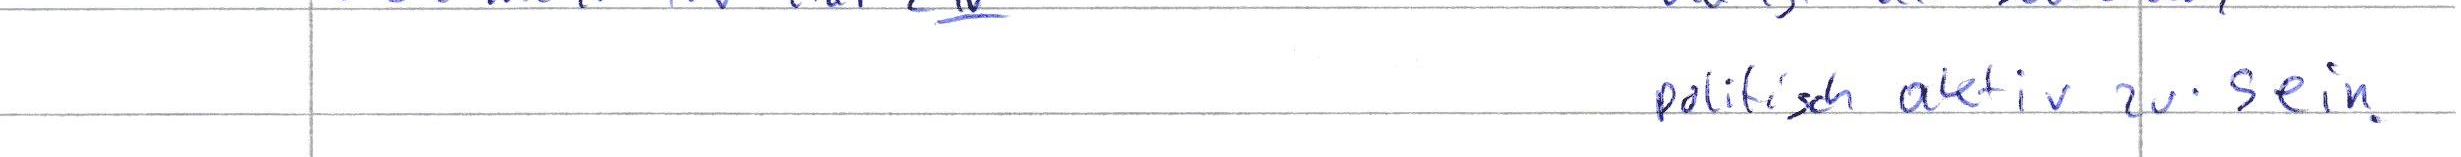
politisch aktiv zu sein.